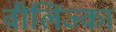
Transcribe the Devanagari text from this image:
वीलिज्का